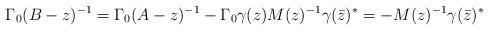
LaTeX: \begin{align*} \Gamma_0(B-z)^{-1}= \Gamma_0(A-z)^{-1}-\Gamma_0 \gamma(z) M(z)^{-1}\gamma(\bar z)^* =-M(z)^{-1}\gamma(\bar z)^* \end{align*}